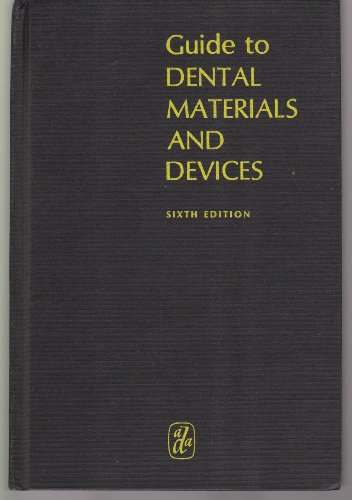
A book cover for GUIDE TO DENTAL MATERIALS AND DEVICES SIXTH EDITION 1972-1973; ADA; Medical Books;